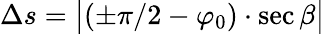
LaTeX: \Delta s={\big|}(\pm\pi/2-\varphi_{0})\cdot\sec\beta{\big|}